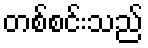
တစ်စင်းသည်